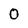
Character: 0